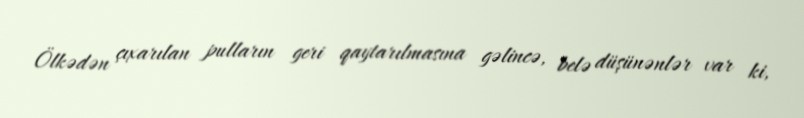
Ölkədən çıxarılan pulların geri qaytarılmasına gəlincə, belə düşünənlər var ki,